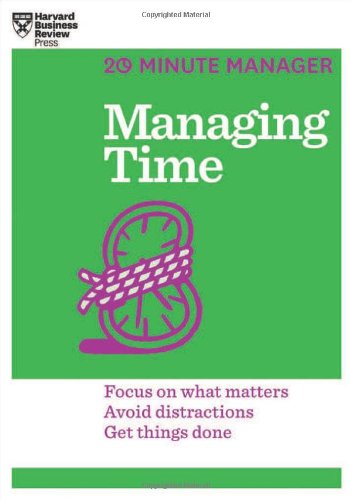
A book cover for Managing Time (HBR 20-Minute Manager Series); Harvard Business Review; Business & Money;